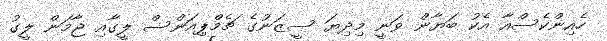
ހެއިންކެސްއާ އެކު ބަޔާން ވަނީ މިދިޔަ ސީޒަނުގެ ޗެމްޕިއަންސް ލީގާއި ޖާމަން ލީގު